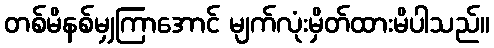
တစ်မိနစ်မျှကြာအောင် မျက်လုံးမှိတ်ထားမိပါသည်။